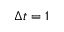
\Delta t = 1